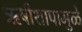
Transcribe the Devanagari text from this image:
ऋषीशापामुळे